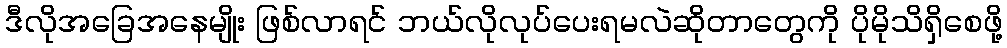
ဒီလိုအခြေအနေမျိုး ဖြစ်လာရင် ဘယ်လိုလုပ်ပေးရမလဲဆိုတာတွေကို ပိုမိုသိရှိစေဖို့